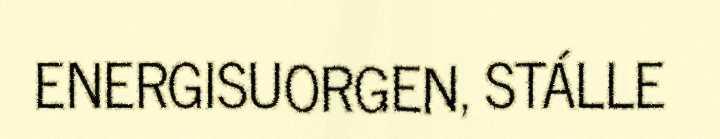
ENERGISUORGEN, STÁLLE